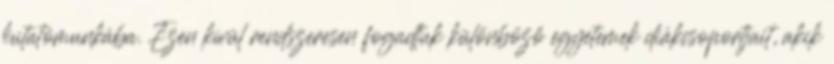
kutatómunkába. Ezen kívül rendszeresen fogadtuk különböző egyetemek diákcsoportjait, akik